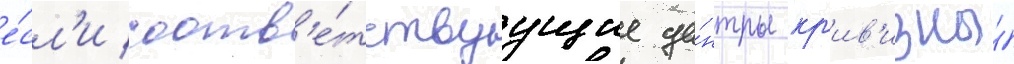
е́сл'и соотв'е́тствуущие це́нтры кр'ив'изны́